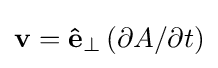
\mathbf {v} =\mathbf {\hat {e}} _{\bot }\left(\partial A/\partial t\right)\,\!